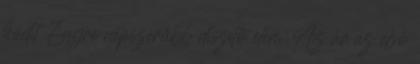
hódít Egyre népszerűbb díszítő elem Az ár az első